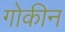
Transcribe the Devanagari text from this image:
गोकीन